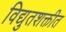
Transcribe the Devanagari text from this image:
विद्युतशक्तीत